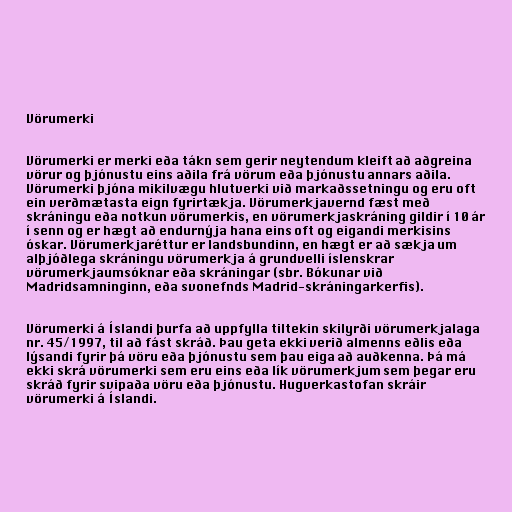
Vörumerki

Vörumerki er merki eða tákn sem gerir neytendum kleift að aðgreina
vörur og þjónustu eins aðila frá vörum eða þjónustu annars aðila.
Vörumerki þjóna mikilvægu hlutverki við markaðssetningu og eru oft
ein verðmætasta eign fyrirtækja. Vörumerkjavernd fæst með
skráningu eða notkun vörumerkis, en vörumerkjaskráning gildir í 10 ár
í senn og er hægt að endurnýja hana eins oft og eigandi merkisins
óskar. Vörumerkjaréttur er landsbundinn, en hægt er að sækja um
alþjóðlega skráningu vörumerkja á grundvelli íslenskrar
vörumerkjaumsóknar eða skráningar (sbr. Bókunar við
Madridsamninginn, eða svonefnds Madrid-skráningarkerfis).

Vörumerki á Íslandi þurfa að uppfylla tiltekin skilyrði vörumerkjalaga
nr. 45/1997, til að fást skráð. Þau geta ekki verið almenns eðlis eða
lýsandi fyrir þá vöru eða þjónustu sem þau eiga að auðkenna. Þá má
ekki skrá vörumerki sem eru eins eða lík vörumerkjum sem þegar eru
skráð fyrir svipaða vöru eða þjónustu. Hugverkastofan skráir
vörumerki á Íslandi.